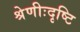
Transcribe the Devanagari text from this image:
श्रेणीःदृष्टि